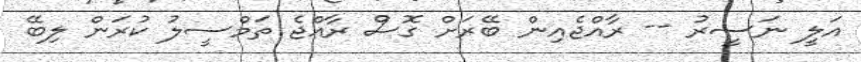
އަލީ ނަސީރު -- ރާއްޖެއިން ބޭރަށް ގޮސް ރާއްޖެ ތަމްސީލު ކުރަން ލިބޭ